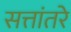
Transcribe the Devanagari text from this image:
सत्तांतरे